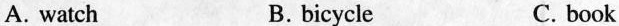
A. watch B. bicycle C. book